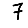
Digit: 7